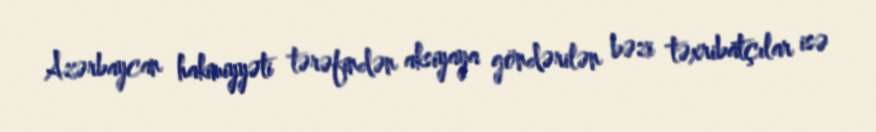
Azərbaycan hakimiyyəti tərəfindən aksiyaya göndərilən bəzi təxribatçılar isə